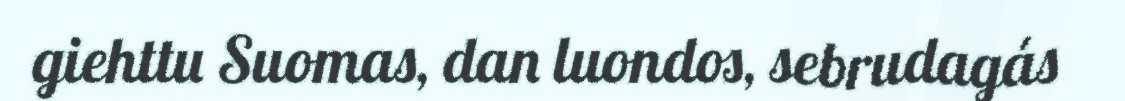
giehttu Suomas, dan luondos, sebrudagás